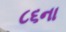
૮૬ના